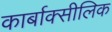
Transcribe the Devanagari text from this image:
कार्बाक्सीलिक